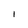
Character: I